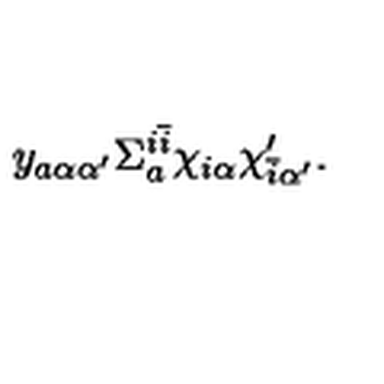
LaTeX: y _ { a \alpha \alpha ^ { \prime } } \Sigma _ { a } ^ { i { \bar { i } } } \chi _ { i \alpha } \chi _ { { \bar { i } } \alpha ^ { \prime } } ^ { \prime } .